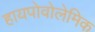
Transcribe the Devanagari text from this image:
हायपोवोलेमिक